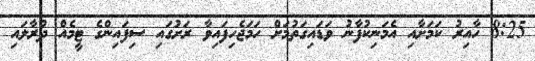
8:25 ހާއިރު ކަމަށާއި އެމަނިކުފާނު ވަޑައިގަތުމަށް ހަމަޖެހިފައިވާ ރަށުގައި ސިފައިންގެ ޓީމެއް ދުރާލައި